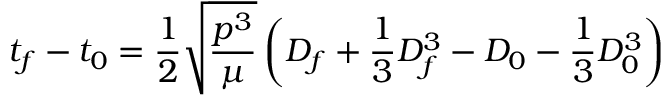
t _ { f } - t _ { 0 } = { \frac { 1 } { 2 } } { \sqrt { \frac { p ^ { 3 } } { \mu } } } \left( D _ { f } + { \frac { 1 } { 3 } } D _ { f } ^ { 3 } - D _ { 0 } - { \frac { 1 } { 3 } } D _ { 0 } ^ { 3 } \right)